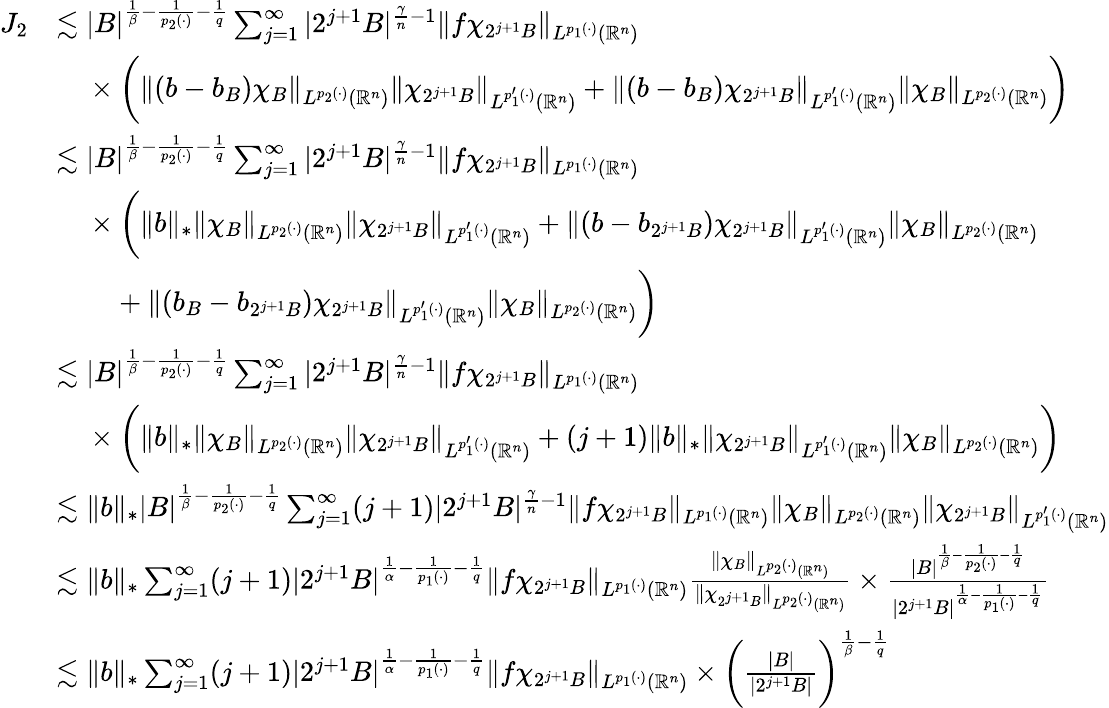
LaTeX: \begin{array}{rl}{J_{2}}&{\lesssim|B|^{\frac{1}{\beta}-\frac{1}{p_{2}(\cdot)}-\frac{1}{q}}\sum_{j=1}^{\infty}|2^{j+1}B|^{\frac{\gamma}{n}-1}\| f\chi_{2^{j+1}B}\| _{L^{p_{1}(\cdot)}(\mathbb{R}^{n})}}\\ &{~~~~\times\bigg(\| (b-b_{B})\chi_{B}\| _{L^{p_{2}(\cdot)}(\mathbb{R}^{n})}\| \chi_{2^{j+1}B}\| _{L^{p_{1}^{\prime}(\cdot)}(\mathbb{R}^{n})}+\| (b-b_{B})\chi_{2^{j+1}B}\| _{L^{p_{1}^{\prime}(\cdot)}(\mathbb{R}^{n})}\| \chi_{B}\| _{L^{p_{2}(\cdot)}(\mathbb{R}^{n})}\bigg)}\\ &{\lesssim|B|^{\frac{1}{\beta}-\frac{1}{p_{2}(\cdot)}-\frac{1}{q}}\sum_{j=1}^{\infty}|2^{j+1}B|^{\frac{\gamma}{n}-1}\| f\chi_{2^{j+1}B}\| _{L^{p_{1}(\cdot)}(\mathbb{R}^{n})}}\\ &{~~~~\times\bigg(\| b\| _{*}\| \chi_{B}\| _{L^{p_{2}(\cdot)}(\mathbb{R}^{n})}\| \chi_{2^{j+1}B}\| _{L^{p_{1}^{\prime}(\cdot)}(\mathbb{R}^{n})}+\| (b-b_{2^{j+1}B})\chi_{2^{j+1}B}\| _{L^{p_{1}^{\prime}(\cdot)}(\mathbb{R}^{n})}\| \chi_{B}\| _{L^{p_{2}(\cdot)}(\mathbb{R}^{n})}}\\ &{~~~~~~~~+\| (b_{B}-b_{2^{j+1}B})\chi_{2^{j+1}B}\| _{L^{p_{1}^{\prime}(\cdot)}(\mathbb{R}^{n})}\| \chi_{B}\| _{L^{p_{2}(\cdot)}(\mathbb{R}^{n})}\bigg)}\\ &{\lesssim|B|^{\frac{1}{\beta}-\frac{1}{p_{2}(\cdot)}-\frac{1}{q}}\sum_{j=1}^{\infty}|2^{j+1}B|^{\frac{\gamma}{n}-1}\| f\chi_{2^{j+1}B}\| _{L^{p_{1}(\cdot)}(\mathbb{R}^{n})}}\\ &{~~~~\times\bigg(\| b\| _{*}\| \chi_{B}\| _{L^{p_{2}(\cdot)}(\mathbb{R}^{n})}\| \chi_{2^{j+1}B}\| _{L^{p_{1}^{\prime}(\cdot)}(\mathbb{R}^{n})}+(j+1)\| b\| _{*}\| \chi_{2^{j+1}B}\| _{L^{p_{1}^{\prime}(\cdot)}(\mathbb{R}^{n})}\| \chi_{B}\| _{L^{p_{2}(\cdot)}(\mathbb{R}^{n})}\bigg)}\\ &{\lesssim\| b\| _{*}|B|^{\frac{1}{\beta}-\frac{1}{p_{2}(\cdot)}-\frac{1}{q}}\sum_{j=1}^{\infty}(j+1)|2^{j+1}B|^{\frac{\gamma}{n}-1}\| f\chi_{2^{j+1}B}\| _{L^{p_{1}(\cdot)}(\mathbb{R}^{n})}\| \chi_{B}\| _{L^{p_{2}(\cdot)}(\mathbb{R}^{n})}\| \chi_{2^{j+1}B}\| _{L^{p_{1}^{\prime}(\cdot)}(\mathbb{R}^{n})}}\\ &{\lesssim\| b\| _{*}\sum_{j=1}^{\infty}(j+1)|2^{j+1}B|^{\frac{1}{\alpha}-\frac{1}{p_{1}(\cdot)}-\frac{1}{q}}\| f\chi_{2^{j+1}B}\| _{L^{p_{1}(\cdot)}(\mathbb{R}^{n})}\frac{\| \chi_{B}\| _{L^{p_{2}(\cdot)}(\mathbb{R}^{n})}}{\| \chi_{2^{j+1}B}\| _{L^{p_{2}(\cdot)}(\mathbb{R}^{n})}}\times\frac{|B|^{\frac{1}{\beta}-\frac{1}{p_{2}(\cdot)}-\frac{1}{q}}}{|2^{j+1}B|^{\frac{1}{\alpha}-\frac{1}{p_{1}(\cdot)}-\frac{1}{q}}}}\\ &{\lesssim\| b\| _{*}\sum_{j=1}^{\infty}(j+1)|2^{j+1}B|^{\frac{1}{\alpha}-\frac{1}{p_{1}(\cdot)}-\frac{1}{q}}\| f\chi_{2^{j+1}B}\| _{L^{p_{1}(\cdot)}(\mathbb{R}^{n})}\times\bigg(\frac{|B|}{|2^{j+1}B|}\bigg)^{\frac{1}{\beta}-\frac{1}{q}}}\end{array}